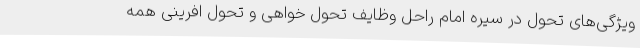
ویژگی‌های تحول در سیره امام راحل وظایف تحول خواهی و تحول افرینی همه